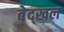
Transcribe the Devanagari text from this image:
बेद्खल